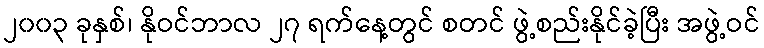
၂၀၀၃ ခုနှစ်၊ နိုဝင်ဘာလ ၂၇ ရက်နေ့တွင် စတင် ဖွဲ့စည်းနိုင်ခဲ့ပြီး အဖွဲ့ဝင်